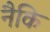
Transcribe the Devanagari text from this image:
नैकि